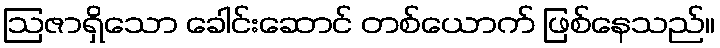
ဩဇာရှိသော ခေါင်းဆောင် တစ်ယောက် ဖြစ်နေသည်။